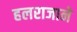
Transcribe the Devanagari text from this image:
हलराजाने